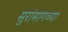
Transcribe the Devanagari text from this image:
सुरांमागच्या